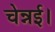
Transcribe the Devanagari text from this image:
चेन्नई।